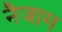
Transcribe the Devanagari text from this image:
नैजाम